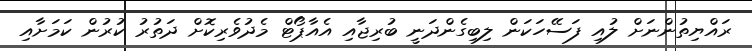
ރައްޔިތުންނަށް ލުއި ފަސޭހަކަން ލިބިގެންދަނީ ބުރިޖާއި އެއާޕޯޓް މެދުވެރިކޮށް ދަތުރު ކުރުން ކަމަށާއި